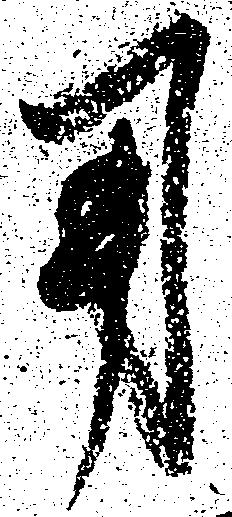
用